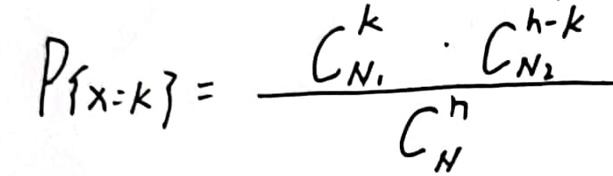
\[
P\{X = k\} = \frac{C_{N_1}^k \cdot C_{N_2}^{n - k}}{C_N^n}
\]